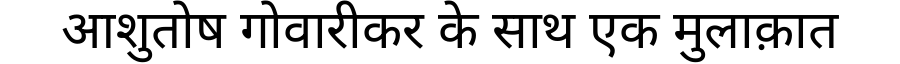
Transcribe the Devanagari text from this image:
आशुतोष गोवारीकर के साथ एक मुलाक़ात